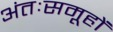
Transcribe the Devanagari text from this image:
अंतःसमूहों